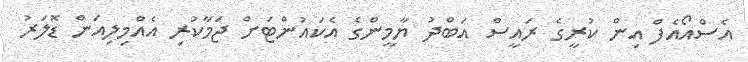
އެސްއޯއެފް އިން ކުރީގެ ރައީސް އަބްދު ޔާމީންގެ އެކައުންޓަށް ޖަމާކުރި އެއްމިލިއަން ޑޮލަރު